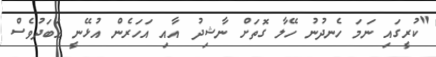
"ކުރީގައި ނަމަ ހެނދުނު ހޭލާ ގޮތަށް ނާޝިދު އާއި އަހަރެން އުޅޭނީ އަބަދުވެސް